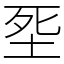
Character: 㘸